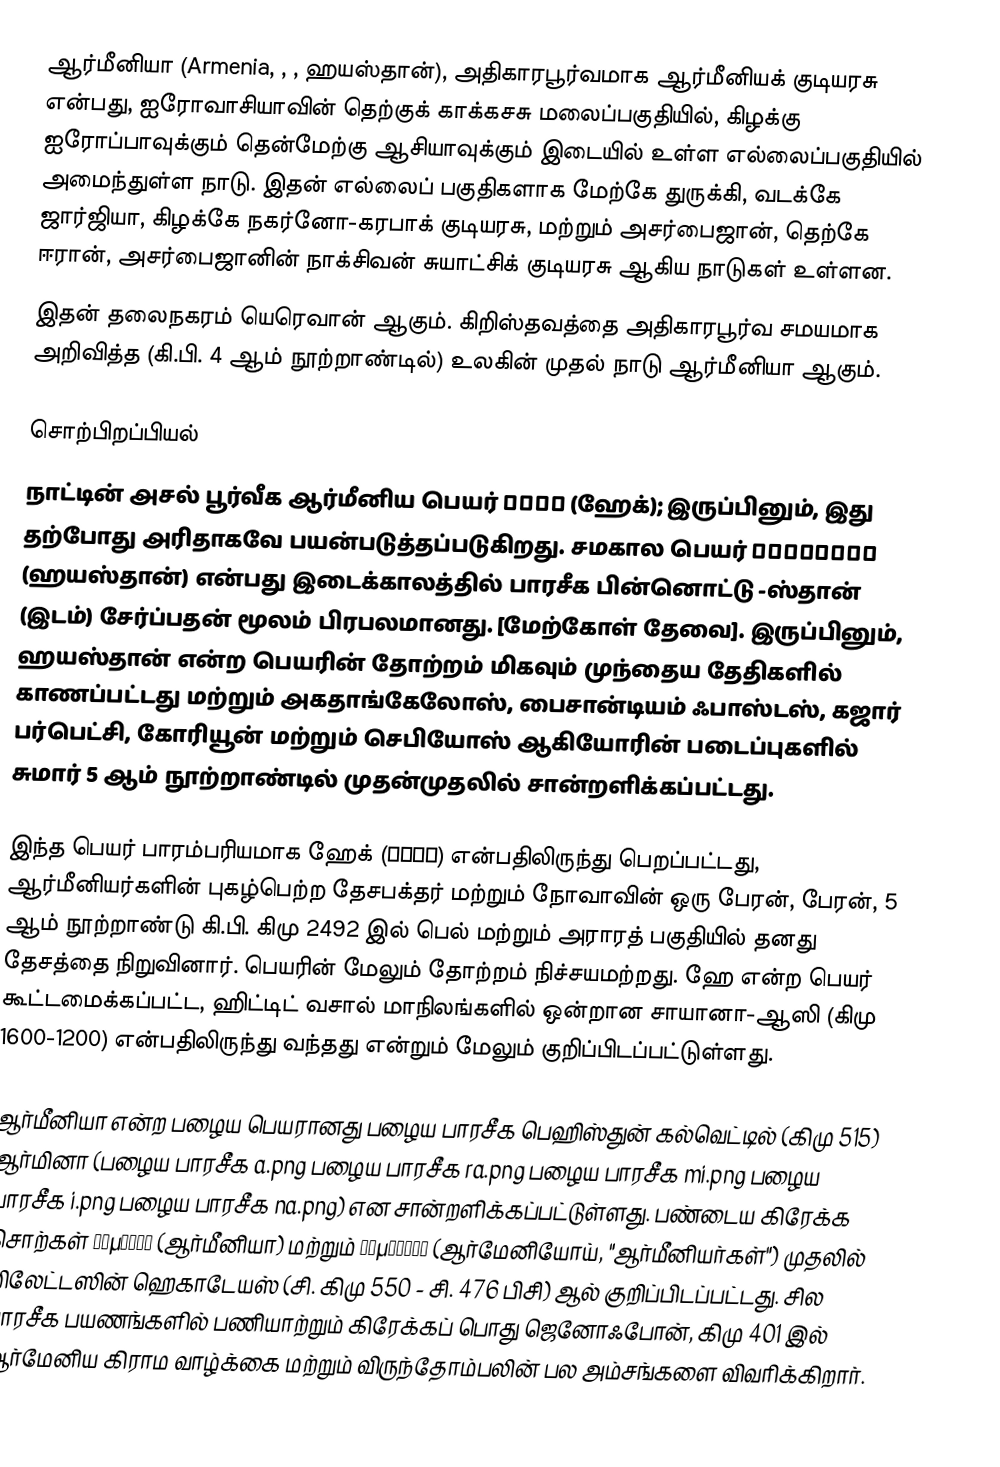
ஆர்மீனியா (Armenia, ,  , ஹயஸ்தான்), அதிகாரபூர்வமாக ஆர்மீனியக் குடியரசு என்பது, ஐரோவாசியாவின் தெற்குக் காக்கசசு மலைப்பகுதியில், கிழக்கு ஐரோப்பாவுக்கும் தென்மேற்கு ஆசியாவுக்கும் இடையில் உள்ள எல்லைப்பகுதியில் அமைந்துள்ள நாடு. இதன் எல்லைப் பகுதிகளாக மேற்கே துருக்கி, வடக்கே ஜார்ஜியா, கிழக்கே நகர்னோ-கரபாக் குடியரசு, மற்றும் அசர்பைஜான், தெற்கே ஈரான், அசர்பைஜானின் நாக்சிவன் சுயாட்சிக் குடியரசு ஆகிய நாடுகள் உள்ளன.
இதன் தலைநகரம் யெரெவான் ஆகும். கிறிஸ்தவத்தை அதிகாரபூர்வ சமயமாக அறிவித்த (கி.பி. 4 ஆம் நூற்றாண்டில்) உலகின் முதல் நாடு ஆர்மீனியா ஆகும்.

சொற்பிறப்பியல்
நாட்டின் அசல் பூர்வீக ஆர்மீனிய பெயர் Հայք (ஹேக்); இருப்பினும், இது தற்போது அரிதாகவே பயன்படுத்தப்படுகிறது. சமகால பெயர் Հայաստան (ஹயஸ்தான்) என்பது இடைக்காலத்தில் பாரசீக பின்னொட்டு -ஸ்தான் (இடம்) சேர்ப்பதன் மூலம் பிரபலமானது. [மேற்கோள் தேவை]. இருப்பினும், ஹயஸ்தான் என்ற பெயரின் தோற்றம் மிகவும் முந்தைய தேதிகளில் காணப்பட்டது மற்றும் அகதாங்கேலோஸ், பைசான்டியம் ஃபாஸ்டஸ், கஜார் பர்பெட்சி, கோரியூன் மற்றும் செபியோஸ் ஆகியோரின் படைப்புகளில் சுமார் 5 ஆம் நூற்றாண்டில் முதன்முதலில் சான்றளிக்கப்பட்டது.

இந்த பெயர் பாரம்பரியமாக ஹேக் (Հայկ) என்பதிலிருந்து பெறப்பட்டது, ஆர்மீனியர்களின் புகழ்பெற்ற தேசபக்தர் மற்றும் நோவாவின் ஒரு பேரன், பேரன், 5 ஆம் நூற்றாண்டு கி.பி. கிமு 2492 இல் பெல் மற்றும் அராரத் பகுதியில் தனது தேசத்தை நிறுவினார். பெயரின் மேலும் தோற்றம் நிச்சயமற்றது. ஹே என்ற பெயர் கூட்டமைக்கப்பட்ட, ஹிட்டிட் வசால் மாநிலங்களில் ஒன்றான சாயானா-ஆஸி (கிமு 1600-1200) என்பதிலிருந்து வந்தது என்றும் மேலும் குறிப்பிடப்பட்டுள்ளது.

ஆர்மீனியா என்ற பழைய பெயரானது பழைய பாரசீக பெஹிஸ்துன் கல்வெட்டில் (கிமு 515) ஆர்மினா (பழைய பாரசீக a.png பழைய பாரசீக ra.png பழைய பாரசீக mi.png பழைய பாரசீக i.png பழைய பாரசீக na.png) என சான்றளிக்கப்பட்டுள்ளது. பண்டைய கிரேக்க சொற்கள் Ἀρμενία (ஆர்மீனியா) மற்றும் Ἀρμένιοι (ஆர்மேனியோய், "ஆர்மீனியர்கள்") முதலில் மிலேட்டஸின் ஹெகாடேயஸ் (சி. கிமு 550 - சி. 476 பிசி) ஆல் குறிப்பிடப்பட்டது. சில பாரசீக பயணங்களில் பணியாற்றும் கிரேக்கப் பொது ஜெனோஃபோன், கிமு 401 இல் ஆர்மேனிய கிராம வாழ்க்கை மற்றும் விருந்தோம்பலின் பல அம்சங்களை விவரிக்கிறார்.